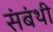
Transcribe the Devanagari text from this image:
संबंथी